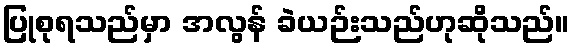
ပြုစုရသည်မှာ အလွန် ခဲယဉ်းသည်ဟုဆိုသည်။